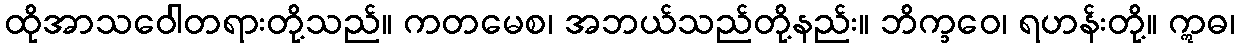
ထိုအာသဝေါတရားတို့သည်။ ကတမေစ၊ အဘယ်သည်တို့နည်း။ ဘိက္ခဝေ၊ ရဟန်းတို့။ ဣဓ၊